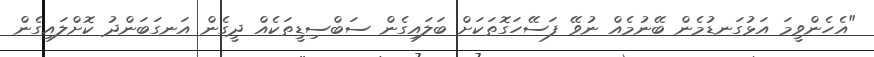
"އެހެންވީމަ އަޅުގަނޑުމެން ބޭނުމެއް ނުވޭ ފަސޭހަގޮތަކަށް ބަލައިގެން ސަބްސިޑީތަކެއް ދީގެން އަނގަބަންދު ކޮށްލައިގެން